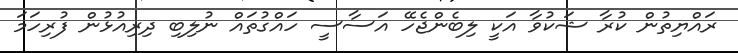
ރައްޔިތުން ކުރާ ޝަކުވާ އަކީ ލިބެންޖެހޭ އަސާސީ ހައްގުތައް ނުލިބި ދިރިއުޅުން ފުރިހަމަ